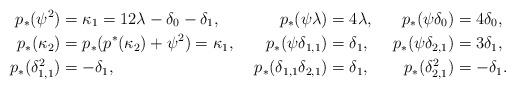
LaTeX: \begin{align*}p_*(\psi^2) &= \kappa_1 = 12 \lambda -\delta_0 - \delta_1, & p_*(\psi\lambda) &= 4\lambda, & p_*(\psi\delta_0) &= 4\delta_0,\\p_*(\kappa_2) &= p_*(p^*(\kappa_2)+\psi^2) = \kappa_1, & p_*(\psi\delta_{1,1})&= \delta_1, & p_*(\psi\delta_{2,1})&= 3\delta_1,\\p_*(\delta_{1,1}^2) &= -\delta_1, & p_*(\delta_{1,1}\delta_{2,1})&= \delta_1, & p_*(\delta_{2,1}^2) &= -\delta_1.\end{align*}